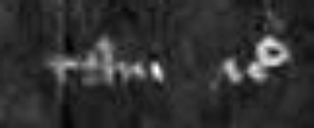
tam etc